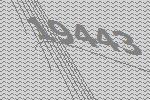
19443